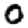
Digit: 0